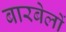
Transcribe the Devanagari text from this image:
बारबेलों